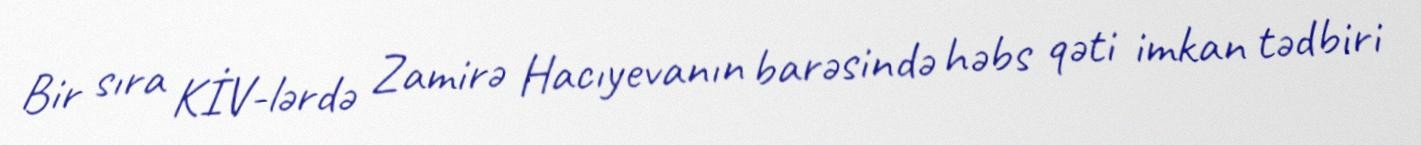
Bir sıra KİV-lərdə Zamirə Hacıyevanın barəsində həbs qəti imkan tədbiri